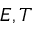
E , T